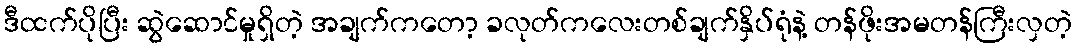
ဒီထက်ပိုပြီး ဆွဲဆောင်မှုရှိတဲ့ အချက်ကတော့ ခလုတ်ကလေးတစ်ချက်နှိပ်ရုံနဲ့ တန်ဖိုးအမတန်ကြီးလှတဲ့